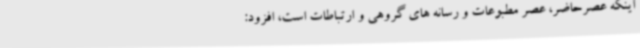
اینکه عصرحاضر، عصر مطبوعات و رسانه های گروهی و ارتباطات است، افزود: